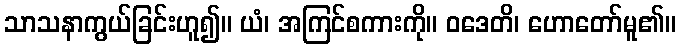
သာသနာကွယ်ခြင်းဟူ၍။ ယံ၊ အကြင်စကားကို။ ဝဒေတိ၊ ဟောတော်မူ၏။